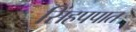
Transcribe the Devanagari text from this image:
सिंहपपात